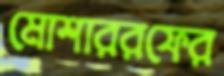
মোশাররফের